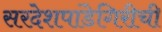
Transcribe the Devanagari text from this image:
सरदेशपांडेगिरीची